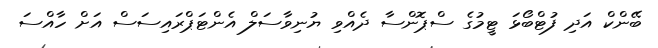
ބޭންކް އަދި ފުޓްބޯޅަ ޓީމުގެ ސްޕޮންސާ ދެއްވި ޔުނިވާސަލް އެންޓަޕްރައިސަސް އަށް ހާއްސަ